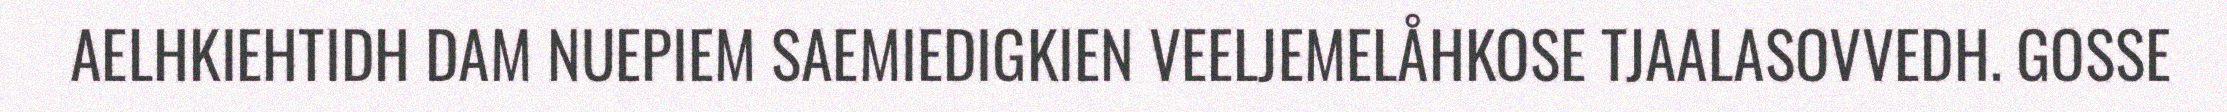
AELHKIEHTIDH DAM NUEPIEM SAEMIEDIGKIEN VEELJEMELÅHKOSE TJAALASOVVEDH. GOSSE